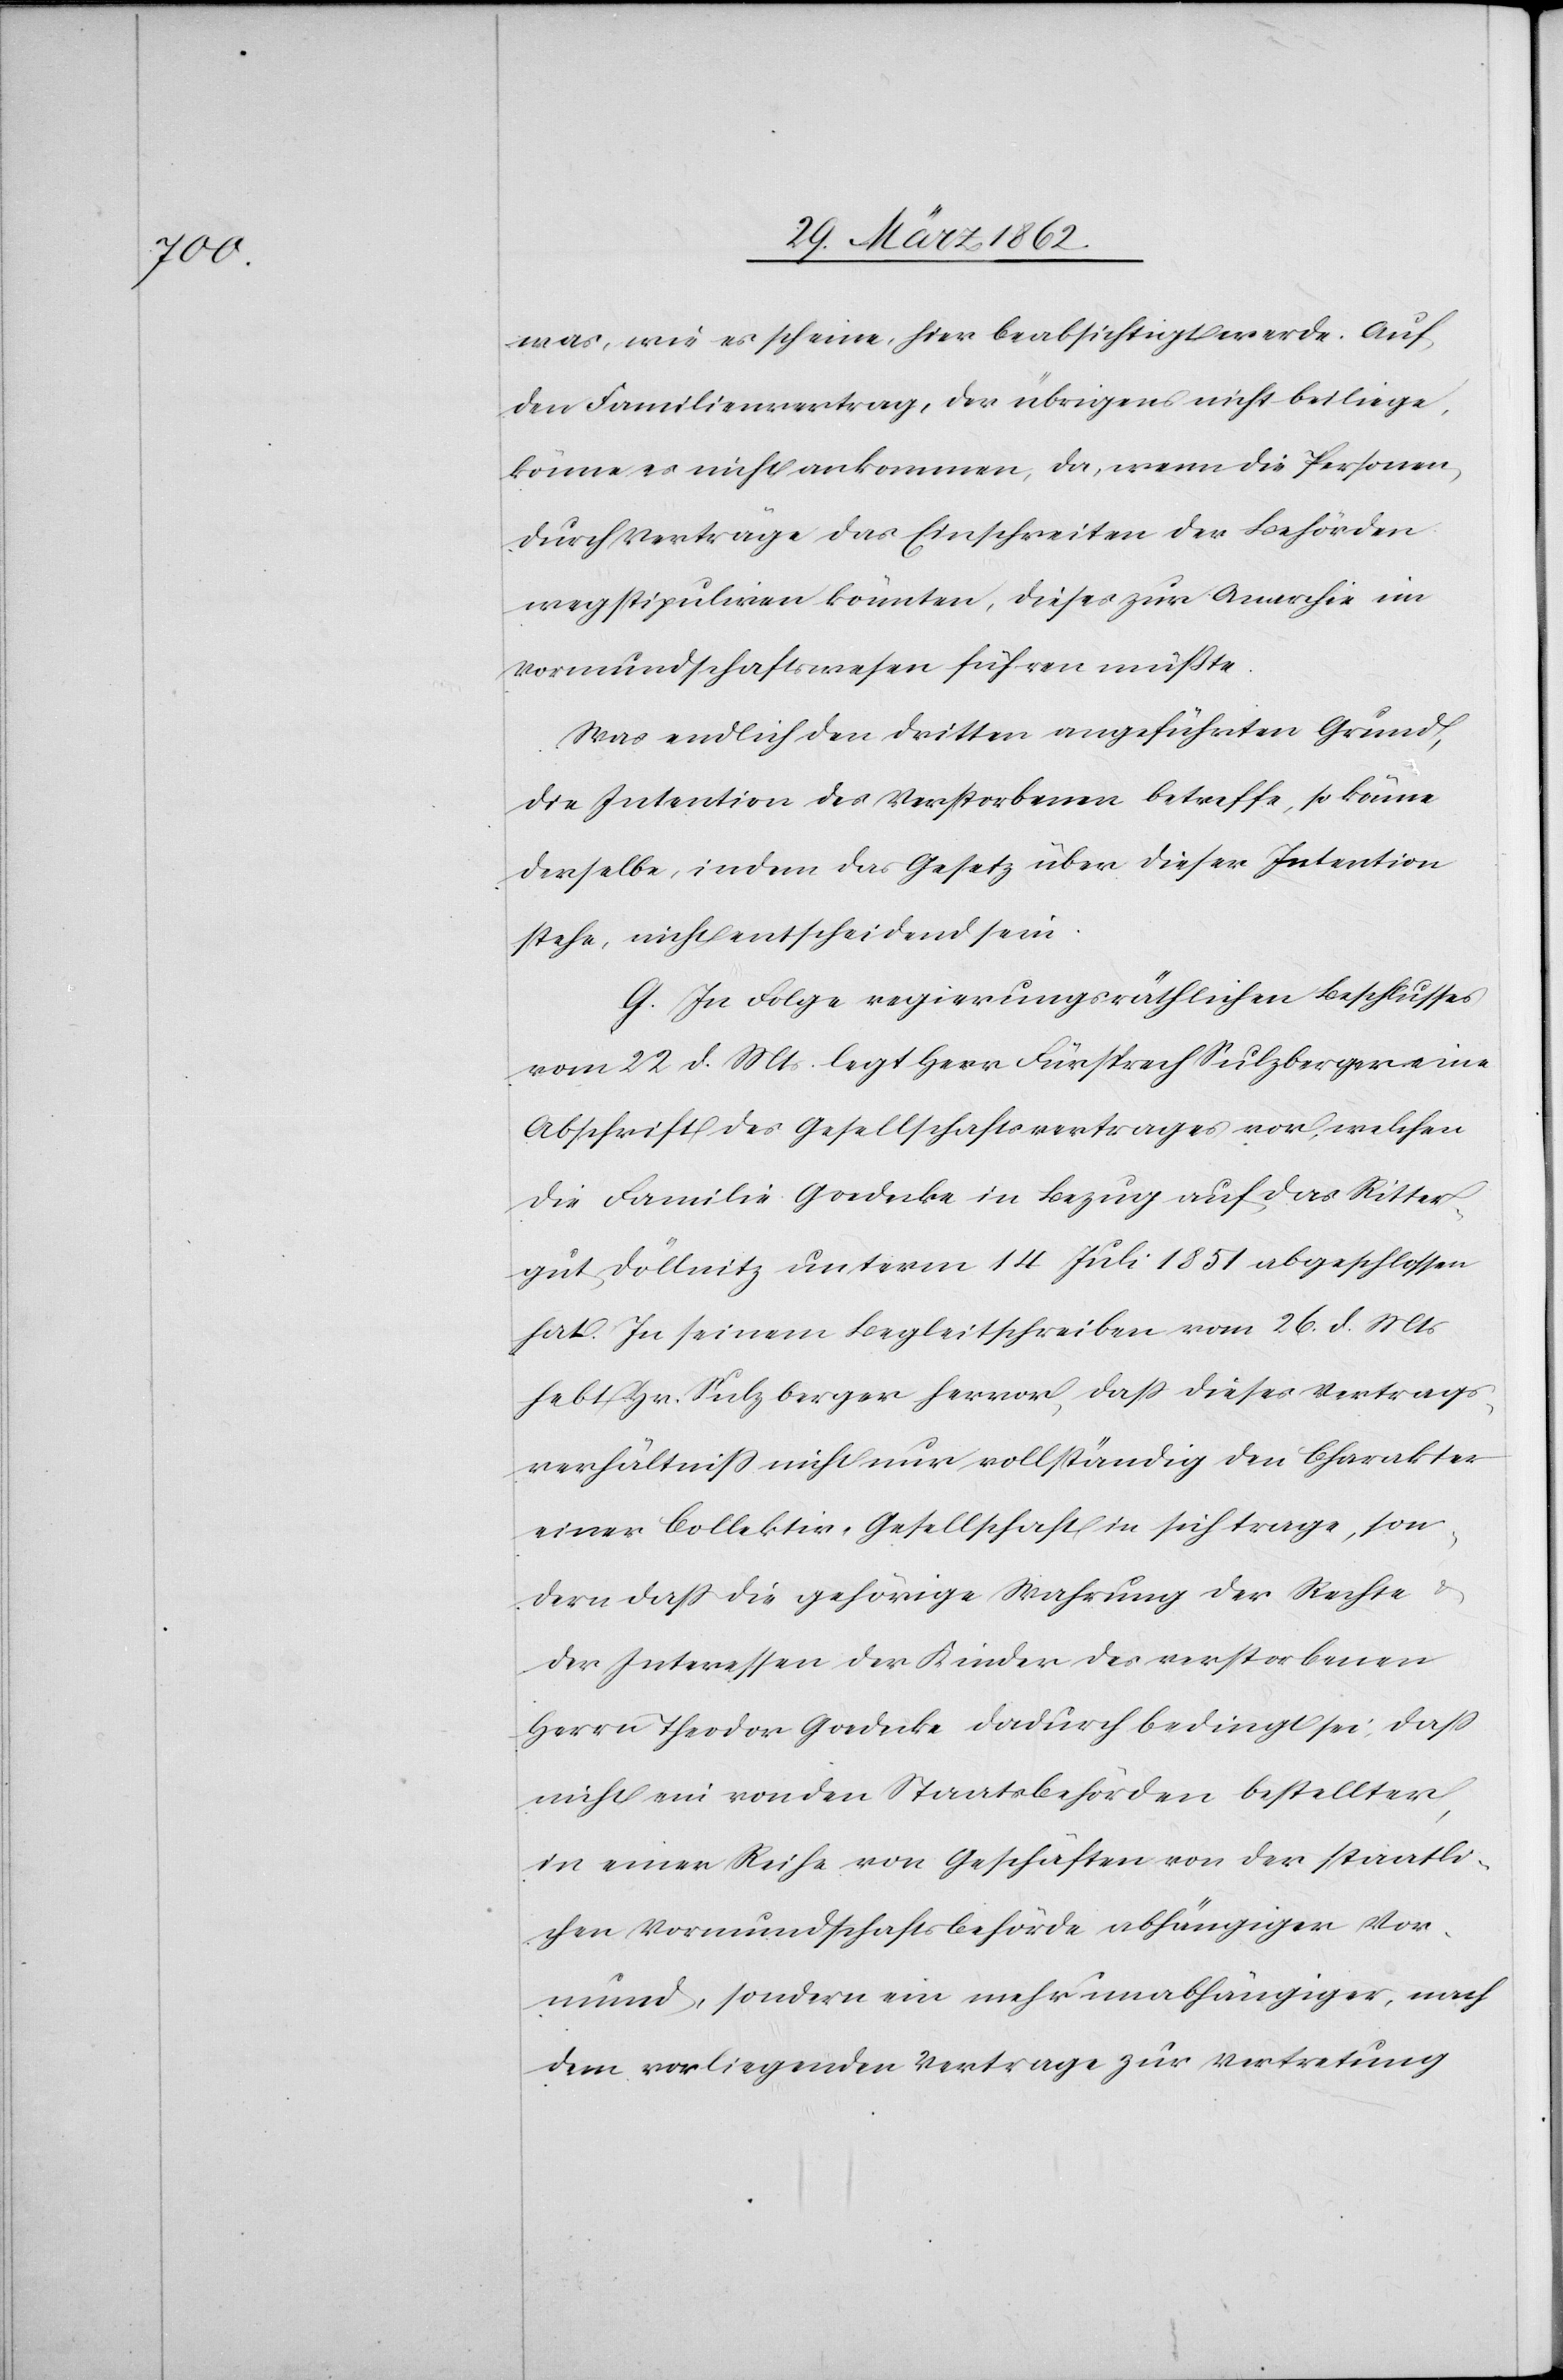
was, wie es scheine, hier beabsichtigt werde. Auf
den Familienvertrag, der übrigens nicht beiliege,
könne es nicht ankommen, da, wenn die Personen
durch Verträge das Einschreiten der Behörden
wegstipuliren könnten, dieses zur Anarchie im
Vormundschaftswesen führen müßte.
Was endlich den dritten angeführten Grund,
die Intention des Verstorbenen betreffe, so könne
derselbe, indem das Gesetz über dieser Intention
stehe, nicht entscheidend sein.
G. In Folge regierungsräthlichen Beschlusses
vom 22 d. Mts. legt Herr Fürsprech Sulzberger eine
Abschrift des Gesellschaftsvertrages vor, welchen
die Familie Goedecke in Bezug auf das Ritter¬
gut Döllnitz unterm 14 Juli 1851 abgeschlossen
hat. In seinem Begleitschreiben vom 26. d. Mts
hebt Hr. Sulzberger hervor, daß dieses Vertrags¬
verhältniß nicht nur vollständig den Charakter
einer Collektiv-Gesellschaft in sich trage, son¬
dern daß die gehörige Wahrung der Rechte &
der Interessen der Kinder des verstorbenen
Herrn Theodor Goedecke dadurch bedingt sei, daß
nicht ein von den Staatsbehörden bestellter,
in einer Reihe von Geschäften von der staatli¬
chen Vormundschaftsbehörde abhängiger Vor¬
mund, sondern ein mehr unabhängiger, nach
dem vorliegenden Vertrage zur Vertretung